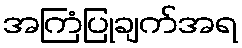
အကြံပြုချက်အရ